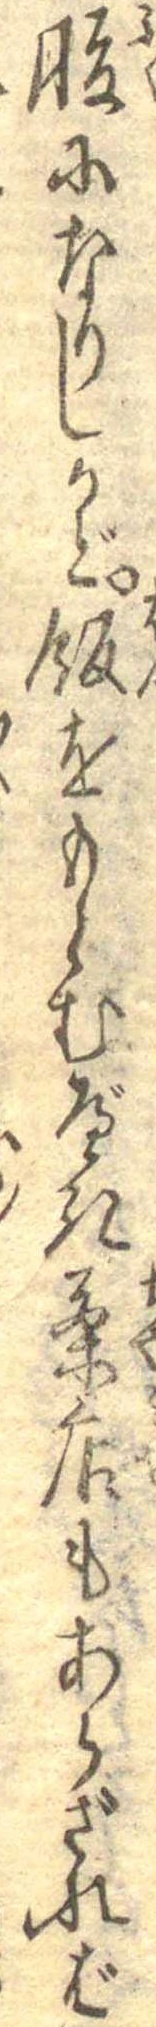
腹になりしかど飯をもとむべき茶店もあらざれば